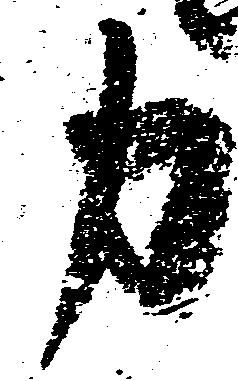
力